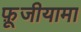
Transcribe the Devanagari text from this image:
फ़ूजीयामा